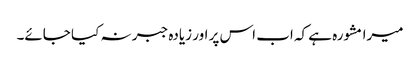
میرا مشورہ ہے کہ اب اس پر اور زیادہ جبر نہ کیا جائے۔